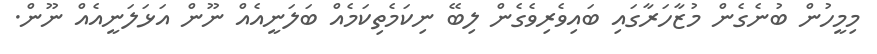
މިމީހުން ބުނެގެން މުޒާހަރާގައި ބައިވެރިވެގެން ލިބޭ ނިކަމެތިކަމެއް ބަލަނީއެއް ނޫން އަޅަލަނީއެއް ނޫން.